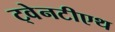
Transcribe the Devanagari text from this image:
ट्वेनटीएथ